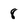
Character: 8